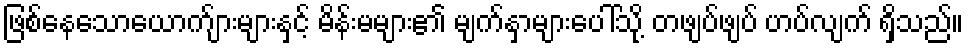
ဖြစ်နေသောယောက်ျားများနှင့် မိန်းမများ၏ မျက်နှာများပေါ်သို့ တဖျပ်ဖျပ် ဟပ်လျက် ရှိသည်။